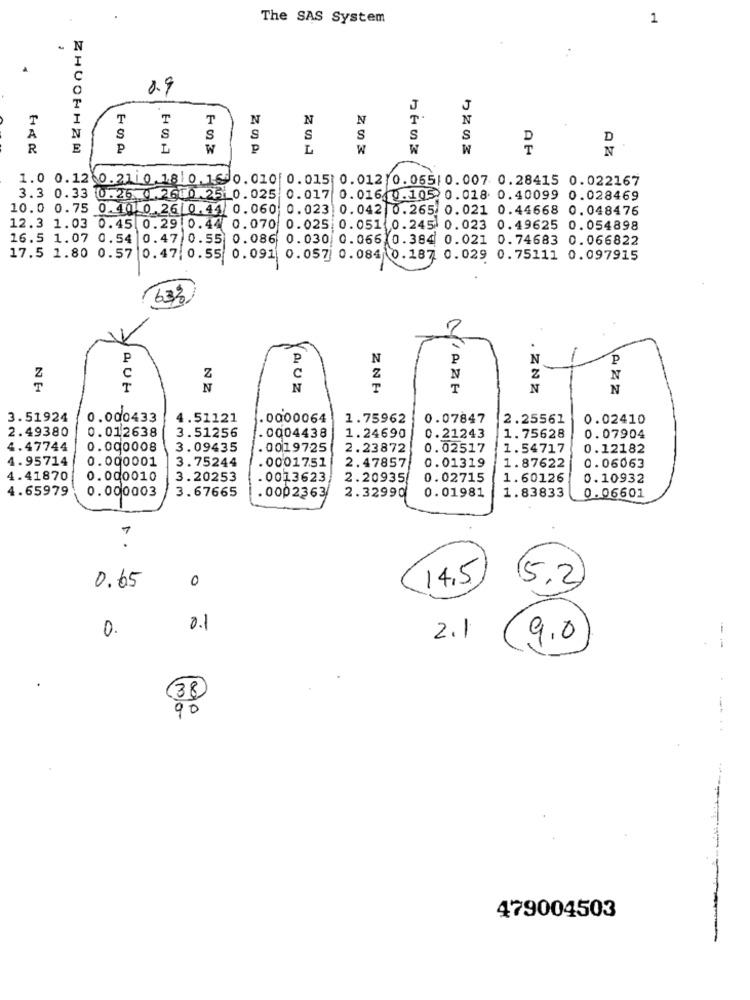
The SAS System
1
.
N
I
C
0.9
J
J
I
T
T
₸
N
N
N
N
S
À
N
S
S
S
S
S
S
S
D
R
P
W
L
W
W
W
N
1.0 0.12 0.2110.1810.16 0.010|0.015| 0.012 0.065| 0.007 0.28415 0.022167
3.3 0.33 0.26 02600.25 0.025 0.017 0.016 0.105 0.018 0.40099 0.028469
10.0 0.75 0.40 0 .26 0.44 0.060 0.023 0.042 0.265. 0.021 0.44668 0.048476
12.3 1.03 0.45 0.29 0.44 0.070 0.025 0.051 0.245. 0.023 0.49625 0.054898
16.5 1.07 0.54 0.47 0.55 0.086 0.030 0.066 0.384 0.021 0.74683 0.066822
17.5 1.80 0.57 0.47. 0.55 0.091 0.057 0.084 0.187. 0.029 0.75111 0.097915
632
.
P
P
N
P
N
P
C
Z
Z
Z
N
Z
N
T
N
N
I
N
N
3.51924
0.000433
4.51121
.0000064
1.75962
0.07847
2.25561
0.02410
2.49380
0.012638
3.51256
0004438
1.24690
0.21243
1.75628
0.07904
4.47744
0.000008
3.09435
. 0019725
2.23872
0.02517
1.54717
0.12182
4.95714
0.000001
.0001751
0.01319
3.75244
2.47857
1.87622
0.06063
4.41870
0.000010
3.20253
. 0013623
2.20935
0.02715
1.60126
0.10932
4.65979
0.000003
3.67665
2.32990
0.01981
1.83833
. 0002363
0.06601
-
7
.
0
14,5
0.65
15.2
0
0.1
-
2.1
9.0
.
38
90
479004503